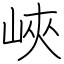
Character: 峽